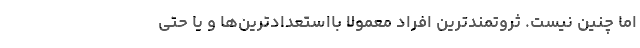
اما چنین نیست. ثروتمندترین افراد معمولاً بااستعدادترین‌ها و یا حتی